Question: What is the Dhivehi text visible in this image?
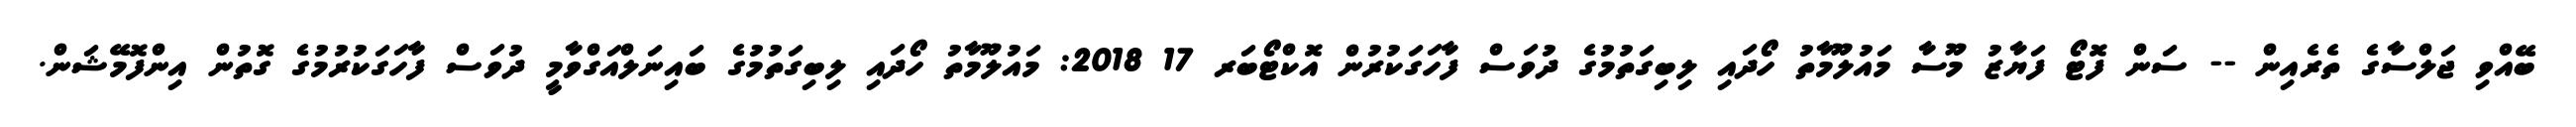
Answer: ބޭއްވި ޖަލްސާގެ ތެރެއިން -- ސަން ފޮޓޯ ފަޔާޒު މޫސާ މައުލޫމާތު ހޯދައި ލިބިގަތުމުގެ ދުވަސް ފާހަގަކުރުން އޮކްޓޯބަރ 17 2018: މައުލޫމާތު ހޯދައި ލިބިގަތުމުގެ ބައިނަލްއަގްވާމީ ދުވަސް ފާހަގަކުރުމުގެ ގޮތުން އިންފޮމޭޝަން.